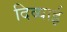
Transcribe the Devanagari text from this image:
दिव्याई